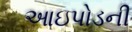
આઇપોડની